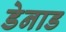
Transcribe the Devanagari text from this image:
डेनाड